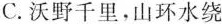
C.沃野千里，山环水绕